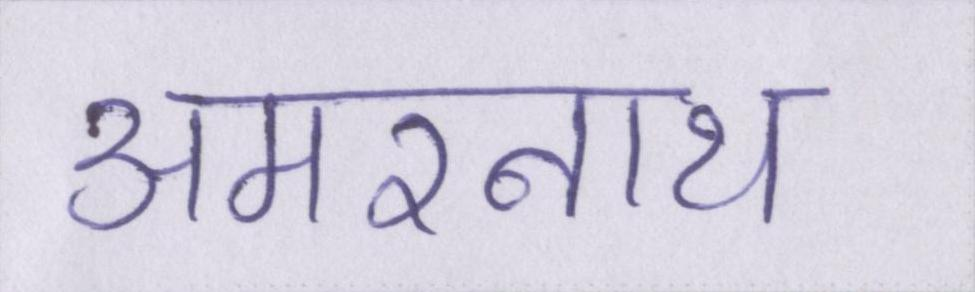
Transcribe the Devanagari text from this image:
अमरनाथ